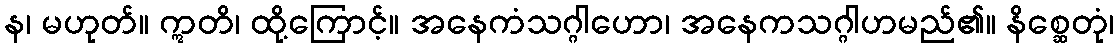
န၊ မဟုတ်။ ဣတိ၊ ထို့ကြောင့်။ အနေကံသဂ္ဂါဟော၊ အနေကသဂ္ဂါဟမည်၏။ နိစ္ဆေတုံ၊